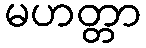
မဟတ္တာ